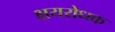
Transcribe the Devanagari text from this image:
क्षयरोधक